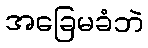
အခြေမခံဘဲ